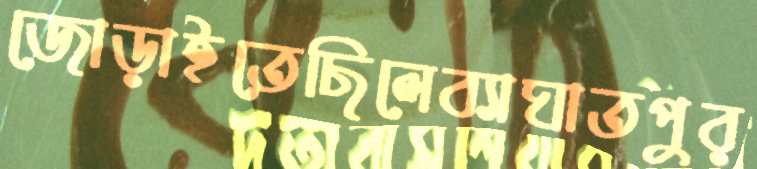
জোড়াইতেছিলেব্যাঘাতপুর